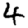
Digit: 4